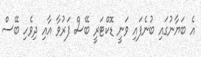
އެ ބަޔާނުގައި ބުނެފައި ވަނީ ޑޮކްޓަރީ ބޭސް ފަރުވާ އާއި ދިވެހި ބޭސް